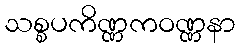
သစ္စပကိဏ္ဏကဝဏ္ဏနာ